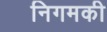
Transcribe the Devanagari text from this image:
निगमकी